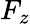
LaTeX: F_{z}